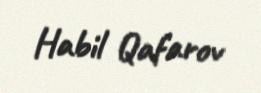
Habil Qafarov